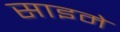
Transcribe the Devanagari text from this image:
साइमे